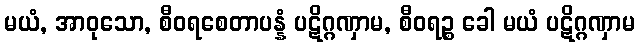
မယံ, အာဝုသော, စီဝရစေတာပန္နံ ပဋိဂ္ဂဏှာမ, စီဝရဉ္စ ခေါ မယံ ပဋိဂ္ဂဏှာမ